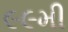
૯૯મી